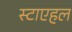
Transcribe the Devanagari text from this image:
स्टाएहल